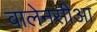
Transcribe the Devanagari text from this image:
वालेनसीआ